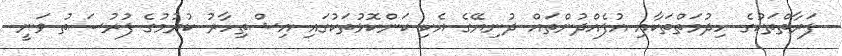
ފަރާތްތަކުގެ ހިދުމަތްތަކާއި އުފެއްދުންތައް ދުނިޔޭގެ އެކި ކަންކޮޅުތަކުގައި އިޝްތިހާރު ކުރުމުގެ ފުރުސަތު ވަނީ